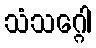
သံသဂ္ဂေါ